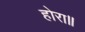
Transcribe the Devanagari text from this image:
होरा॥